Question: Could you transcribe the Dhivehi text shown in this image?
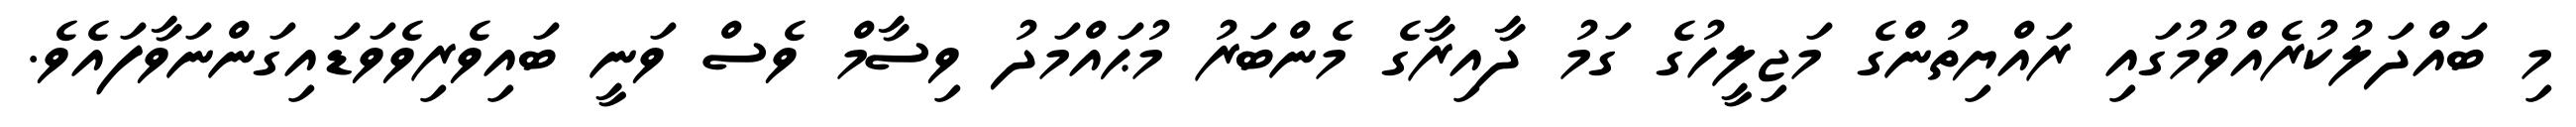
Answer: މި ބައްދަލުކުރެއްވުމުގައި ރައްޔިތުންގެ މަޖިލީހުގެ ގަމު ދާއިރާގެ މެންބަރު މުޙައްމަދު ވިސާމް ވެސް ވަނީ ބައިވެރިވެވަޑައިގަންނަވާފައެވެ.